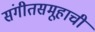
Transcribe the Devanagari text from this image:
संगीतसमूहाची